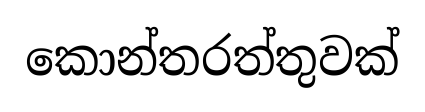
කොන්තරත්තුවක්